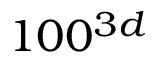
1 0 0 ^ { 3 d }